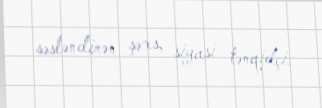
səsləndirən şəxs, siyasi tənqidçi.